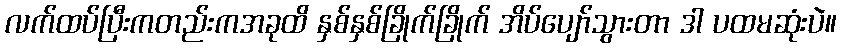
လက်ထပ်ပြီးကတည်းကအခုထိ နှစ်နှစ်ခြိုက်ခြိုက် အိပ်ပျော်သွားတာ ဒါ ပထမဆုံးပဲ။